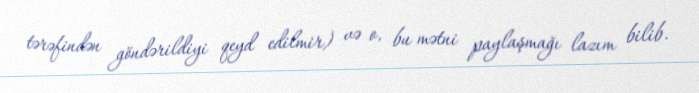
tərəfindən göndərildiyi qeyd edilmir) və o, bu mətni paylaşmağı lazım bilib.